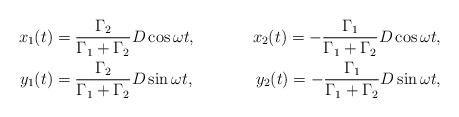
\begin{align*}x_1(t) &= \frac{\Gamma_2}{\Gamma_1+\Gamma_2}D\cos \omega t, &x_2(t) = -\frac{\Gamma_1}{\Gamma_1+\Gamma_2}D\cos \omega t, \\y_1(t) &= \frac{\Gamma_2}{\Gamma_1+\Gamma_2}D\sin \omega t, &y_2(t) = -\frac{\Gamma_1}{\Gamma_1+\Gamma_2}D\sin \omega t,\end{align*}